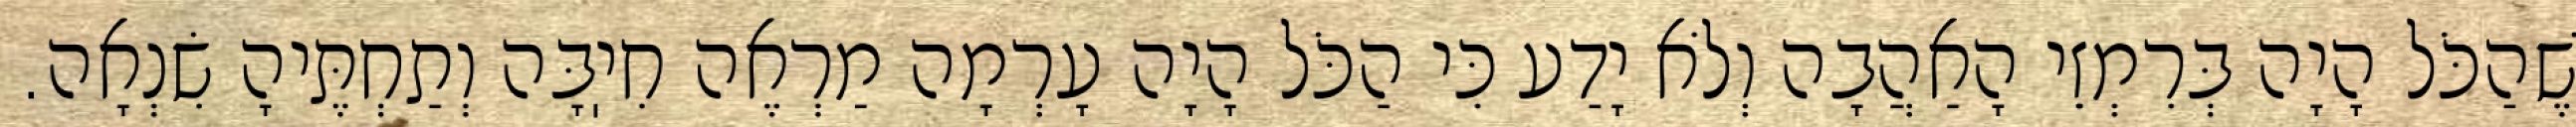
שֶׁהַכֹּל הָיָה בְּרִמְזֵי הָאַהֲבָה וְלֹא יָדַע כִּי הַכֹּל הָיָה עָרְמָה מַרְאֶה חִיֽבָּה וְתַחְתֶּיהָ שִׂנְאָה.